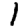
Digit: 1